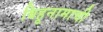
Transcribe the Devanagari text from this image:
बिहूनामाची